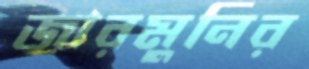
জারমুনির